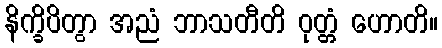
နိက္ခိပိတွာ အညံ ဘာသတီတိ ဝုတ္တံ ဟောတိ။